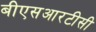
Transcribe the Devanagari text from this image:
बीएसआरटीसी